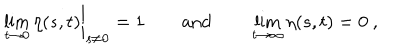
\lim _ { t \to 0 } \eta ( s , t ) \bigg | _ { s \neq 0 } = 1 \qquad \mathrm { a n d } \qquad \lim _ { t \to \infty } \eta ( s , t ) = 0 \ ,